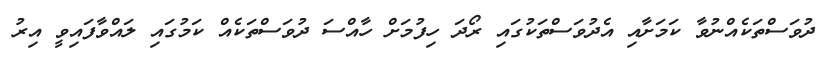
ދުވަސްތަކެއްނުވާ ކަމަށާއި އެދުވަސްތަކުގައި ރޯދަ ހިފުމަށް ހާއްސަ ދުވަސްތަކެއް ކަމުގައި ލައްވާފައިވީ އިރު